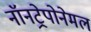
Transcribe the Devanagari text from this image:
नॉनट्रेपोनेमल